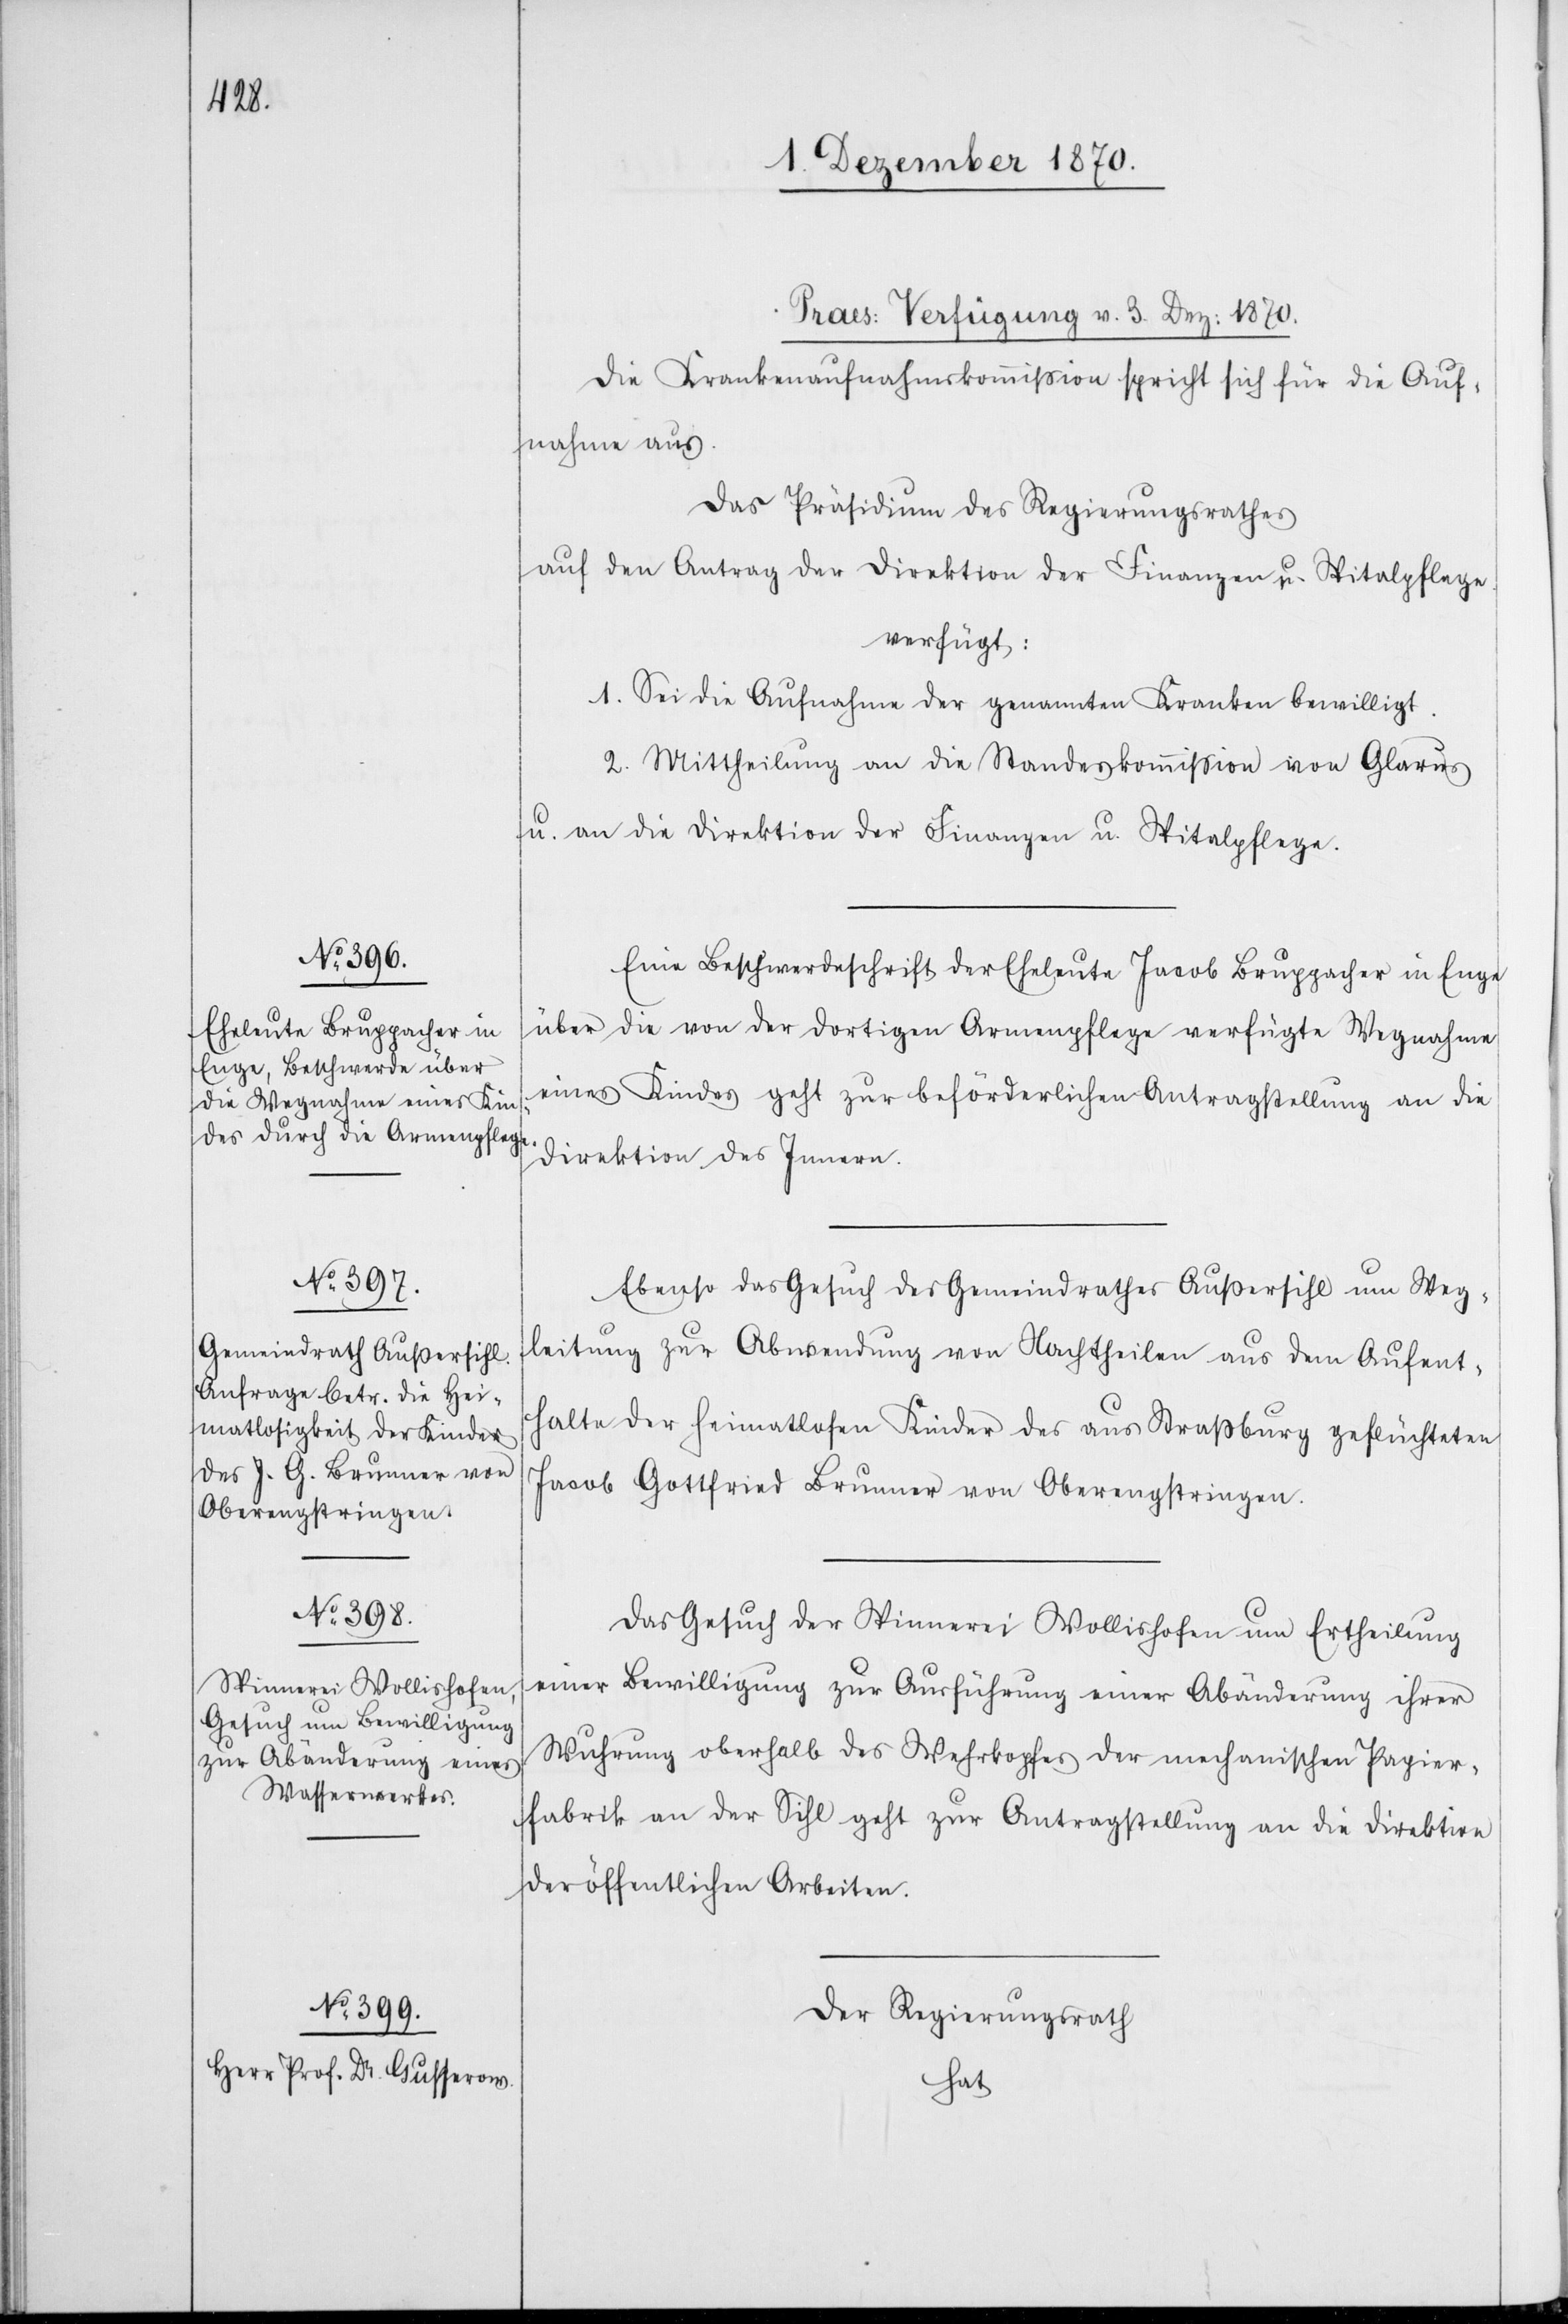
[Praes: Verfügung v. 3. Dez: 1870.]
Die Krankenaufnahmskommißion spricht sich für die Auf¬
nahme aus.
Das Präsidium des Regierungsrathes
auf den Antrag der Direktion der Finanzen u. Spitalpflege
verfügt:
1. Sei die Aufnahme der genannten Kranken bewilligt.
2. Mittheilung an die Standeskommißion von Glarus
u. an die Direktion der Finanzen u. Spitalpflege.
Eine Beschwerdeschrift der Eheleute Jacob Bruppacher in Enge
über die von der dortigen Armenpflege verfügte Wegnahme
eines Kindes geht zur beförderlichen Antragstellung an die
Direktion des Innern.
Ebenso das Gesuch des Gemeindrathes Außersihl um Weg¬
leitung zur Abwendung von Nachtheilen aus dem Aufent¬
halte der heimatlosen Kinder des aus Straßburg geflüchteten
Jacob Gottfried Brunner von Oberengstringen.
Das Gesuch der Spinnerei Wollishofen um Ertheilung
einer Bewilligung zur Ausführung einer Abänderung ihrer
Wuhrung oberhalb des Wehrkopfes der mechanischen Papier¬
fabrik an der Sihl geht zur Antragstellung an die Direktion
der öffentlichen Arbeiten.
Der Regierungsrath
hat